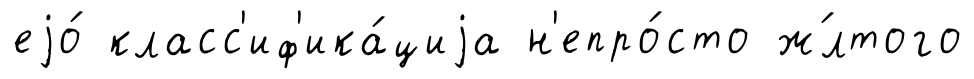
еjо́ класс'иф'ика́циjа н'епро́сто ж́лтого